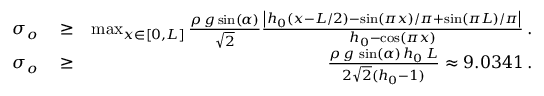
\begin{array} { r l r } { \sigma _ { o } } & { { } \ge } & { \operatorname* { m a x } _ { x \in [ 0 , L ] } \frac { { \rho } \, g \sin ( \alpha ) } { \sqrt { 2 } } \frac { \left| h _ { 0 } \left( x - L / 2 \right) - \sin ( \pi x ) / \pi + \sin ( \pi L ) / \pi \right| } { h _ { 0 } - \cos ( \pi x ) } \, . } \\ { \sigma _ { o } } & { { } \ge } & { \frac { { \rho } \, g \, \sin ( \alpha ) \, h _ { 0 } \, L } { 2 \sqrt { 2 } ( h _ { 0 } - 1 ) } \approx 9 . 0 3 4 1 \, . } \end{array}